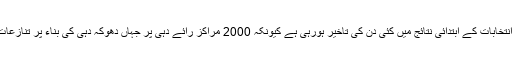
یکم جولائی (سیاست ڈاٹ کام) افغانستان کے صدارتی انتخابات کے ابتدائی نتائج میں کئی دن کی تاخیر ہورہی ہے کیونکہ 2000 مراکز رائے دہی پر جہاں دھوکہ دہی کی بناء پر تنازعات پیدا ہوگئے ہیں، دوبارہ رائے شماری کی جارہی ہے۔